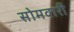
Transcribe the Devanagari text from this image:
सोमवारीं